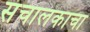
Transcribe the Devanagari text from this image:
संचालकाचा